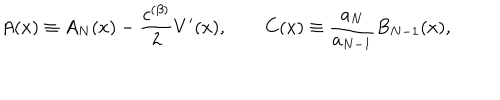
LaTeX: A ( x ) \equiv A _ { N } ( x ) - \frac { c ^ { ( \beta ) } } { 2 } V ^ { \prime } ( x ) , \qquad C ( x ) \equiv \frac { a _ { N } } { a _ { N - 1 } } B _ { N - 1 } ( x ) ,